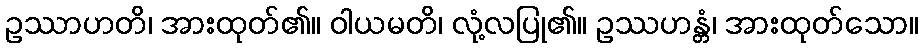
ဥဿာဟတိ၊ အားထုတ်၏။ ဝါယမတိ၊ လုံ့လပြု၏။ ဥဿဟန္တံ၊ အားထုတ်သော။